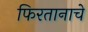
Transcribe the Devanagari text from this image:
फिरतानाचे